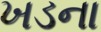
ખડના